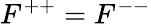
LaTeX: F^{++}=F^{--}